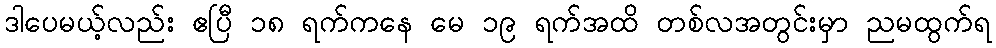
ဒါပေမယ့်လည်း ဧပြီ ၁၈ ရက်ကနေ မေ ၁၉ ရက်အထိ တစ်လအတွင်းမှာ ညမထွက်ရ